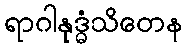
ရာဂါနုဒ္ဓံသိတေန